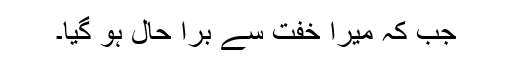
جب کہ میرا خفت سے برا حال ہو گیا۔